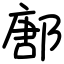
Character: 鄌